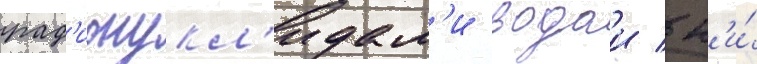
рад'ионукл'идам'и водои / н'и́